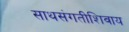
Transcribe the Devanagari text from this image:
साथसंगतीशिवाय